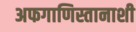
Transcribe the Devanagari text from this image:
अफगाणिस्तानाशी